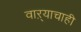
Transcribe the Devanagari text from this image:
वाऱ्याचाही